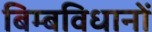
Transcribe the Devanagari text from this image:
बिम्बविधानों